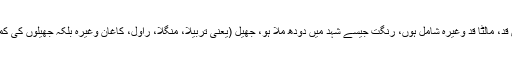
سرو قد جبکہ اس کی سہیلیوں میں امرود قد، بیری قد، بانس قد، مالٹا قد وغیرہ شامل ہوں، رنگت جیسے شہد میں دودھ ملا ہو، جھیل (یعنی تربیلا، منگلا، راول، کاغان وغیرہ بلکہ جھیلوں کی کمی کے پیش نظر قدرت نے عطا آباد جھیل بھی بنا دی ہے!